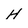
Character: H